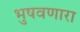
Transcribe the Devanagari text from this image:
भुषवणारा